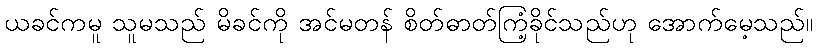
ယခင်ကမူ သူမသည် မိခင်ကို အင်မတန် စိတ်ဓာတ်ကြံ့ခိုင်သည်ဟု အောက်မေ့သည်။